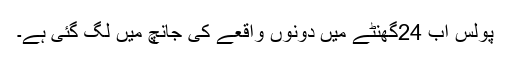
پولس اب 24گھنٹے میں دونوں واقعے کی جانچ میں لگ گئی ہے۔